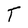
Character: T